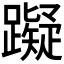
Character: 𰸴